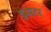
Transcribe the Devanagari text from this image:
इंस्पेटर